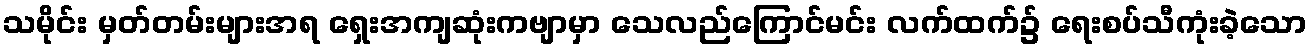
သမိုင်း မှတ်တမ်းများအရ ရှေးအကျဆုံးကဗျာမှာ သေလည်ကြောင်မင်း လက်ထက်၌ ရေးစပ်သီကုံးခဲ့သော